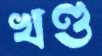
খণ্ড